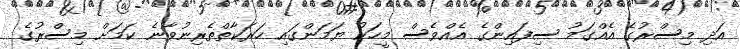
އަދި މިސްރުގެ އެއްގަމު ސިފައިންގެ އެއްވެސް މީހަކު ޔަމަންގައި ހަރަކާތްތެރިނުވާނެ ކަމަށް މިސްރުގެ